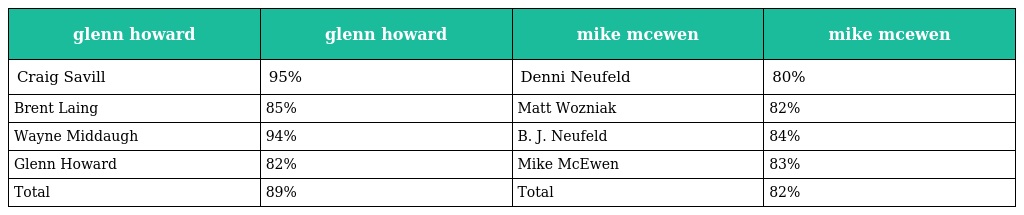
| glenn howard | glenn howard | mike mcewen | mike mcewen |
 | --- | --- | --- | --- |
 | Craig Savill | 95% | Denni Neufeld | 80% |
 | Brent Laing | 85% | Matt Wozniak | 82% |
 | Wayne Middaugh | 94% | B. J. Neufeld | 84% |
 | Glenn Howard | 82% | Mike McEwen | 83% |
 | Total | 89% | Total | 82% |